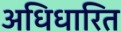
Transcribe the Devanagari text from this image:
अधिधारित